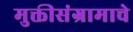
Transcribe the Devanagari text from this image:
मुक्तीसंग्रामाचे